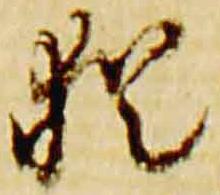
猶